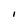
Character: I